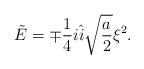
LaTeX: \begin{align*}\tilde{E}=\mp\frac{1}{4}i\hat{i}\sqrt{\frac{a}{2}}\xi^2.\end{align*}